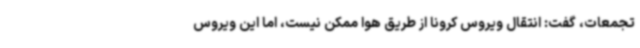
تجمعات، گفت: انتقال ویروس کرونا از طریق هوا ممکن نیست، اما این ویروس